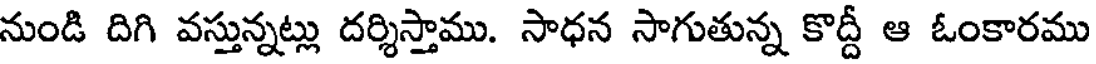
నుండి దిగి వస్తున్నట్లు దర్శిస్తాము. సాధన సాగుతున్న కొద్దీ ఆ ఓంకారము